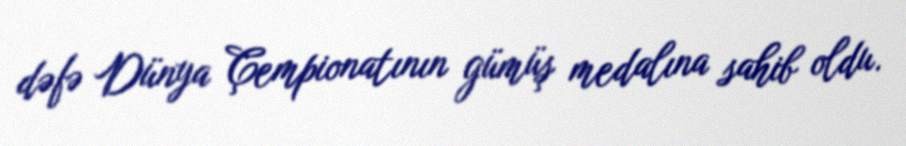
dəfə Dünya Çempionatının gümüş medalına sahib oldu.